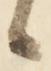
候